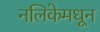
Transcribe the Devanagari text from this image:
नलिकेमधून